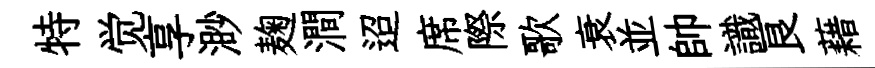
特觉享渺麹澗迢席際歌衰並帥識良藉